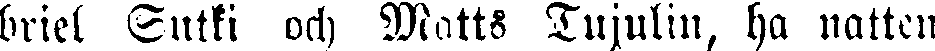
briel Sutki och Matts Tujulin, ha natten